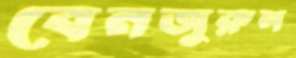
বেনজুরুল